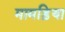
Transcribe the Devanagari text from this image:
मामड़िया